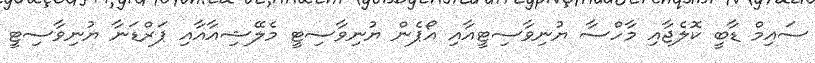
ސައިމް ޑާބީ ކޮލެޖާއި މާހްސާ ޔުނިވާސިޓީއާއި އޯޕެން ޔުނިވާސިޓީ މެލޭޝިއާއާއި ޕަރްޑަނާ ޔުނިވާސިޓީ